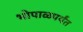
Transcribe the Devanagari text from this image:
भोपाळपर्यंत